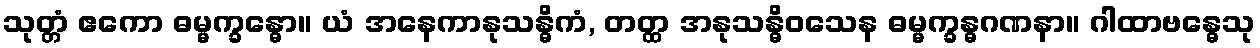
သုတ္တံ ဧကော ဓမ္မက္ခန္ဓော။ ယံ အနေကာနုသန္ဓိကံ, တတ္ထ အနုသန္ဓိဝသေန ဓမ္မက္ခန္ဓဂဏနာ။ ဂါထာဗန္ဓေသု